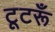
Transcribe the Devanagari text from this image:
टूटरूँ